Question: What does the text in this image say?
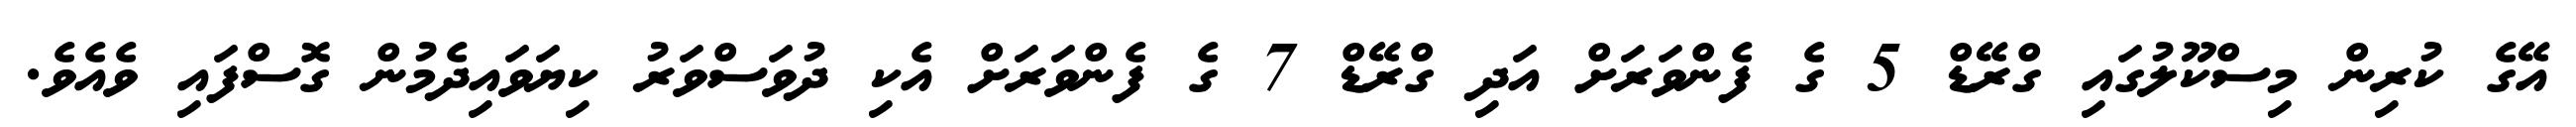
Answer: އޭގެ ކުރިން މިސްކޫލުގައި ގްރޭޑް 5 ގެ ފެންވަރަށް އަދި ގްރޭޑް 7 ގެ ފެންވަރަށް އެކި ދުވަސްވަރު ކިޔަވައިދެމުން ގޮސްފައި ވެއެވެ.